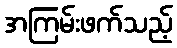
အကြမ်းဖက်သည့်